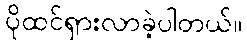
ပိုထင်ရှားလာခဲ့ပါတယ်။